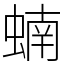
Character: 蝻